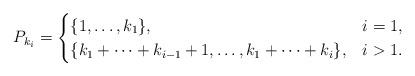
LaTeX: \begin{align*}P_{k_i}=\begin{cases}\{1,\ldots,k_1\},&i=1,\\\{k_1+\cdots+k_{i-1}+1,\ldots,k_1+\cdots+k_{i}\},&i>1.\\\end{cases}\end{align*}